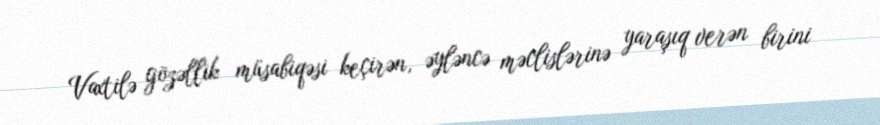
Vaxtilə gözəllik müsabiqəsi keçirən, əyləncə məclislərinə yaraşıq verən birini